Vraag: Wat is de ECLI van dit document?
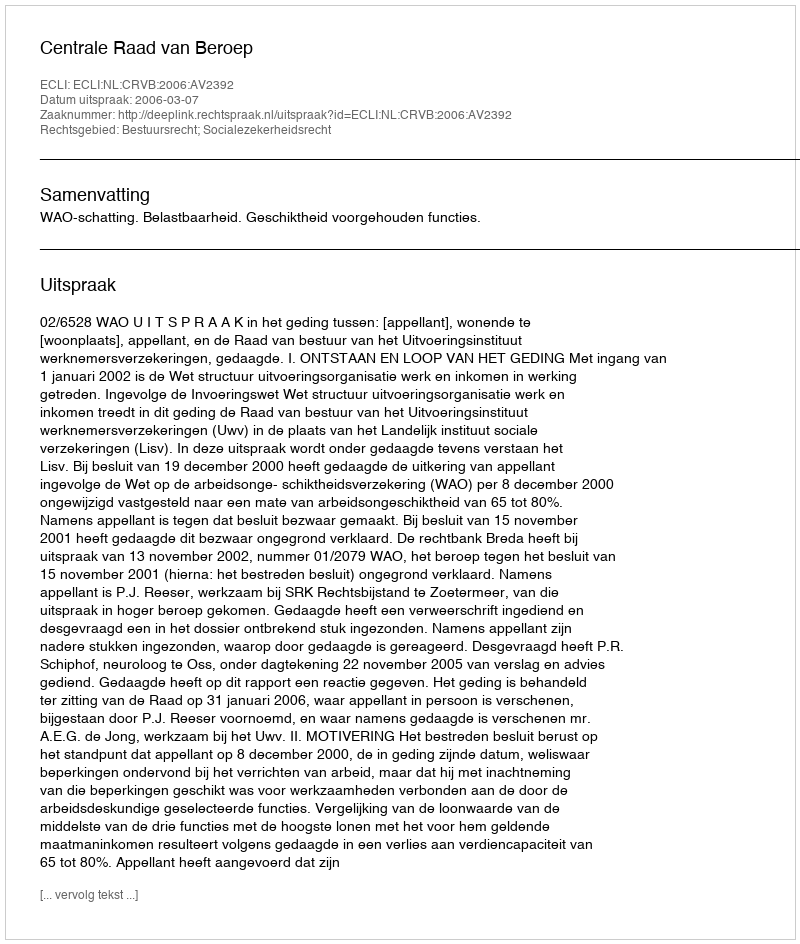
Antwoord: ECLI:NL:CRVB:2006:AV2392